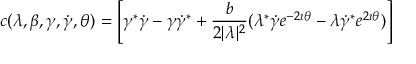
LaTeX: c ( \lambda , \beta , \gamma , \dot { \gamma } , \theta ) = \left[ \gamma ^ { * } \dot { \gamma } - \gamma \dot { \gamma } ^ { * } + \frac { b } { 2 | \lambda | ^ { 2 } } ( \lambda ^ { * } \dot { \gamma } e ^ { - 2 \imath \theta } - \lambda \dot { \gamma } ^ { * } e ^ { 2 \imath \theta } ) \right]